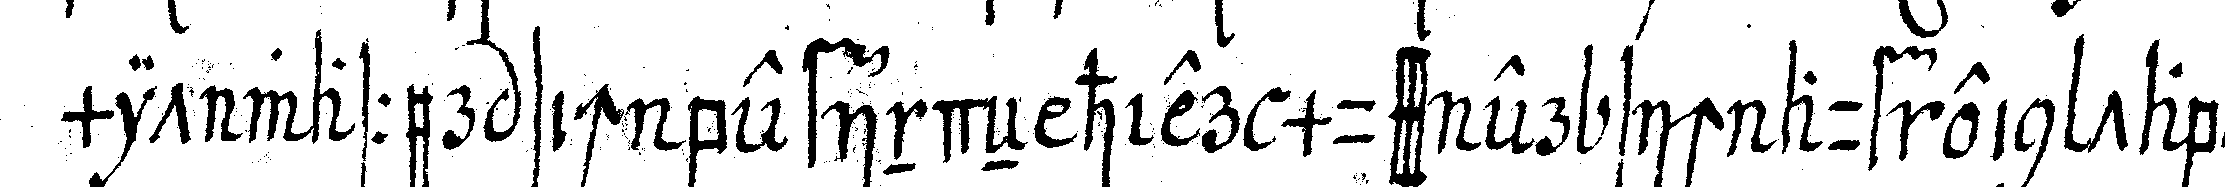
mit wasser sich befindeN hier muss er sich auf ein tabou